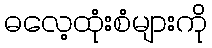
ဓလေ့ထုံးစံများကို